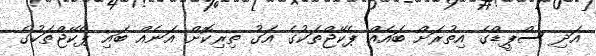
އަދި ސްޕީޑްގެ އިތުރަށް ބައެއް ޕެކޭޖްތަކުގެ އަގު ތިރިކޮށް އަނެއް ބައި ޕެކޭޖްތަކުގެ